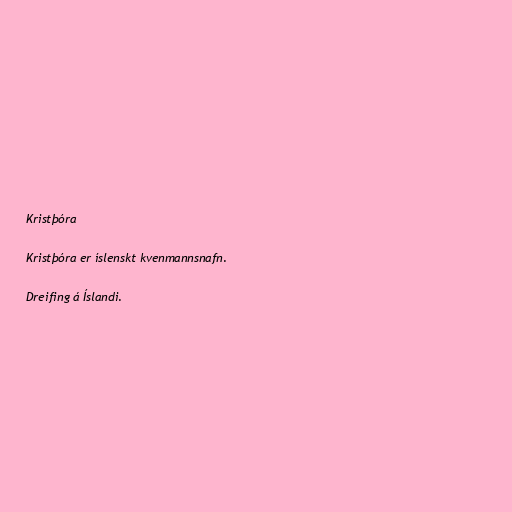
Kristþóra

Kristþóra er íslenskt kvenmannsnafn.

Dreifing á Íslandi.